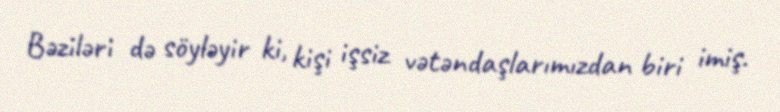
Bəziləri də söyləyir ki, kişi işsiz vətəndaşlarımızdan biri imiş.